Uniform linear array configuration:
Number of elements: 12
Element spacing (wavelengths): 0.5
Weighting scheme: hamming
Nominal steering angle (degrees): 60
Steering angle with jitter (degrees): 61.479
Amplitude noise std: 0.05
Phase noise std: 0.05

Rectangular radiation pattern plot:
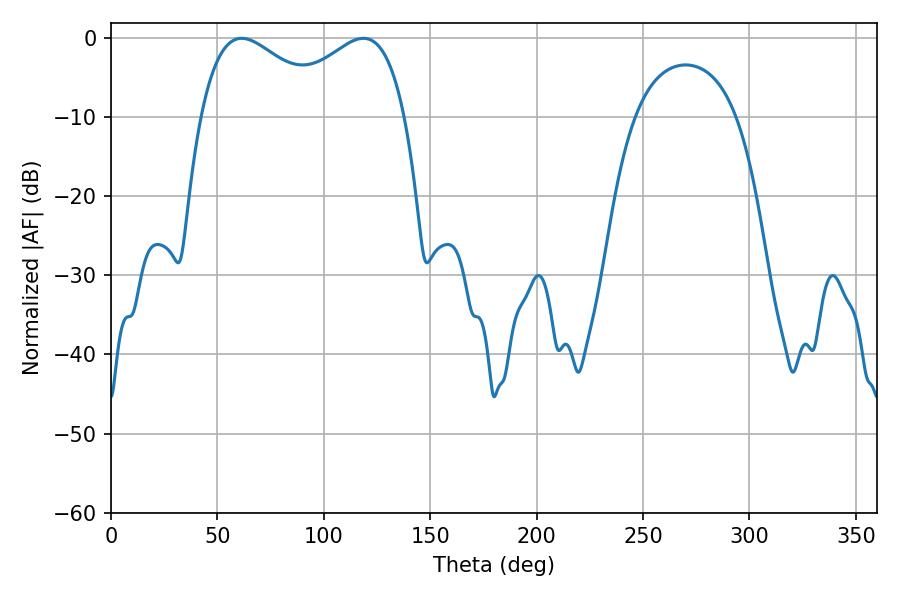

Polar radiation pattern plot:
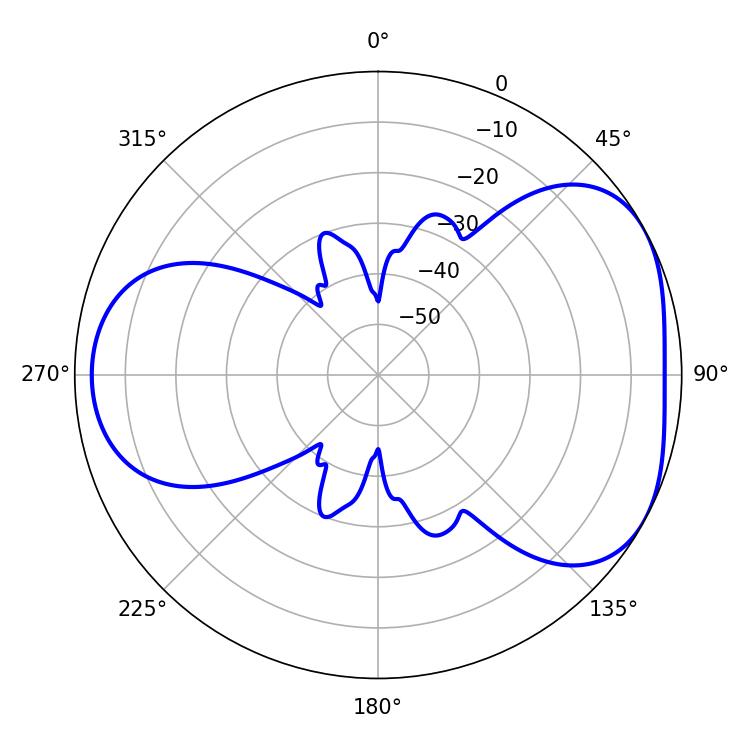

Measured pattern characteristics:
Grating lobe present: FALSE
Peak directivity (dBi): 4.449
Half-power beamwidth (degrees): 33.48
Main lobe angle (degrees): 61.38